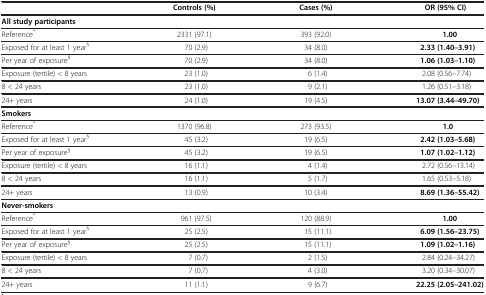
<table><thead><tr><td><b> </b></td><td><b>Controls (%)</b></td><td><b>Cases (%)</b></td><td><b>OR (95%CI)</b></td></tr></thead><tbody><tr><td><b>All study participants</b></td><td> </td><td> </td><td> </td></tr><tr><td>Reference<sup>*</sup></td><td>2331 (97.1)</td><td>393 (92.0)</td><td><b>1.00</b></td></tr><tr><td>Exposed for at least 1 year<sup>§</sup></td><td>70 (2.9)</td><td>34 (8.0)</td><td><b>2.33 (1.40–3.91)</b></td></tr><tr><td>Per year of exposure<sup>§</sup></td><td>70 (2.9)</td><td>34 (8.0)</td><td><b>1.06 (1.03–1.10)</b></td></tr><tr><td>Exposure (tertile) &lt; 8 years</td><td>23 (1.0)</td><td>6 (1.4)</td><td>2.08 (0.56–7.74)</td></tr><tr><td>8 &lt; 24 years</td><td>23 (1.0)</td><td>9 (2.1)</td><td>1.26 (0.51–3.18)</td></tr><tr><td>24+ years</td><td>24 (1.0)</td><td>19 (4.5)</td><td><b>13.07 (3.44–49.70)</b></td></tr><tr><td><b>Smokers</b></td><td> </td><td> </td><td> </td></tr><tr><td>Reference<sup>*</sup></td><td>1370 (96.8)</td><td>273 (93.5)</td><td><b>1.0</b></td></tr><tr><td>Exposed for at least 1 year<sup>§</sup></td><td>45 (3.2)</td><td>19 (6.5)</td><td><b>2.42 (1.03–5.68)</b></td></tr><tr><td>Per year of exposure<sup>§</sup></td><td>45 (3.2)</td><td>19 (6.5)</td><td><b>1.07 (1.02–1.12)</b></td></tr><tr><td>Exposure (tertile) &lt; 8 years</td><td>16 (1.1)</td><td>4 (1.4)</td><td>2.72 (0.56–13.14)</td></tr><tr><td>8 &lt; 24 years</td><td>16 (1.1)</td><td>5 (1.7)</td><td>1.65 (0.53–5.18)</td></tr><tr><td>24+ years</td><td>13 (0.9)</td><td>10 (3.4)</td><td><b>8.69 (1.36–55.42)</b></td></tr><tr><td><b>Never-smokers</b></td><td> </td><td> </td><td> </td></tr><tr><td>Reference<sup>*</sup></td><td>961 (97.5)</td><td>120 (88.9)</td><td><b>1.00</b></td></tr><tr><td>Exposed for at least 1 year<sup>§</sup></td><td>25 (2.5)</td><td>15 (11.1)</td><td><b>6.09 (1.56–23.75)</b></td></tr><tr><td>Per year of exposure<sup>§</sup></td><td>25 (2.5)</td><td>15 (11.1)</td><td><b>1.09 (1.02–1.16)</b></td></tr><tr><td>Exposure (tertile) &lt; 8 years</td><td>7 (0.7)</td><td>2 (1.5)</td><td>2.84 (0.24–34.27)</td></tr><tr><td>8 &lt; 24 years</td><td>7 (0.7)</td><td>4 (3.0)</td><td>3.20 (0.34–30.07)</td></tr><tr><td>24+ years</td><td>11 (1.1)</td><td>9 (6.7)</td><td><b>22.25 (2.05–241.02)</b></td></tr></tbody></table>